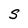
Character: S